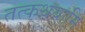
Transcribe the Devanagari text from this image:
तत्कथयामि